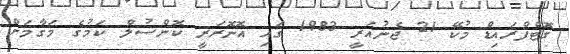
ގޮޓްފްރައިޑް މުކޭ 21 ޖެނުއަރީ 1983 ގައި އޮނޮރަރީ ކޮންސުލް ކަމުގެ މަގާމަށް